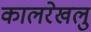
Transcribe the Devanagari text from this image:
कालरेखलु